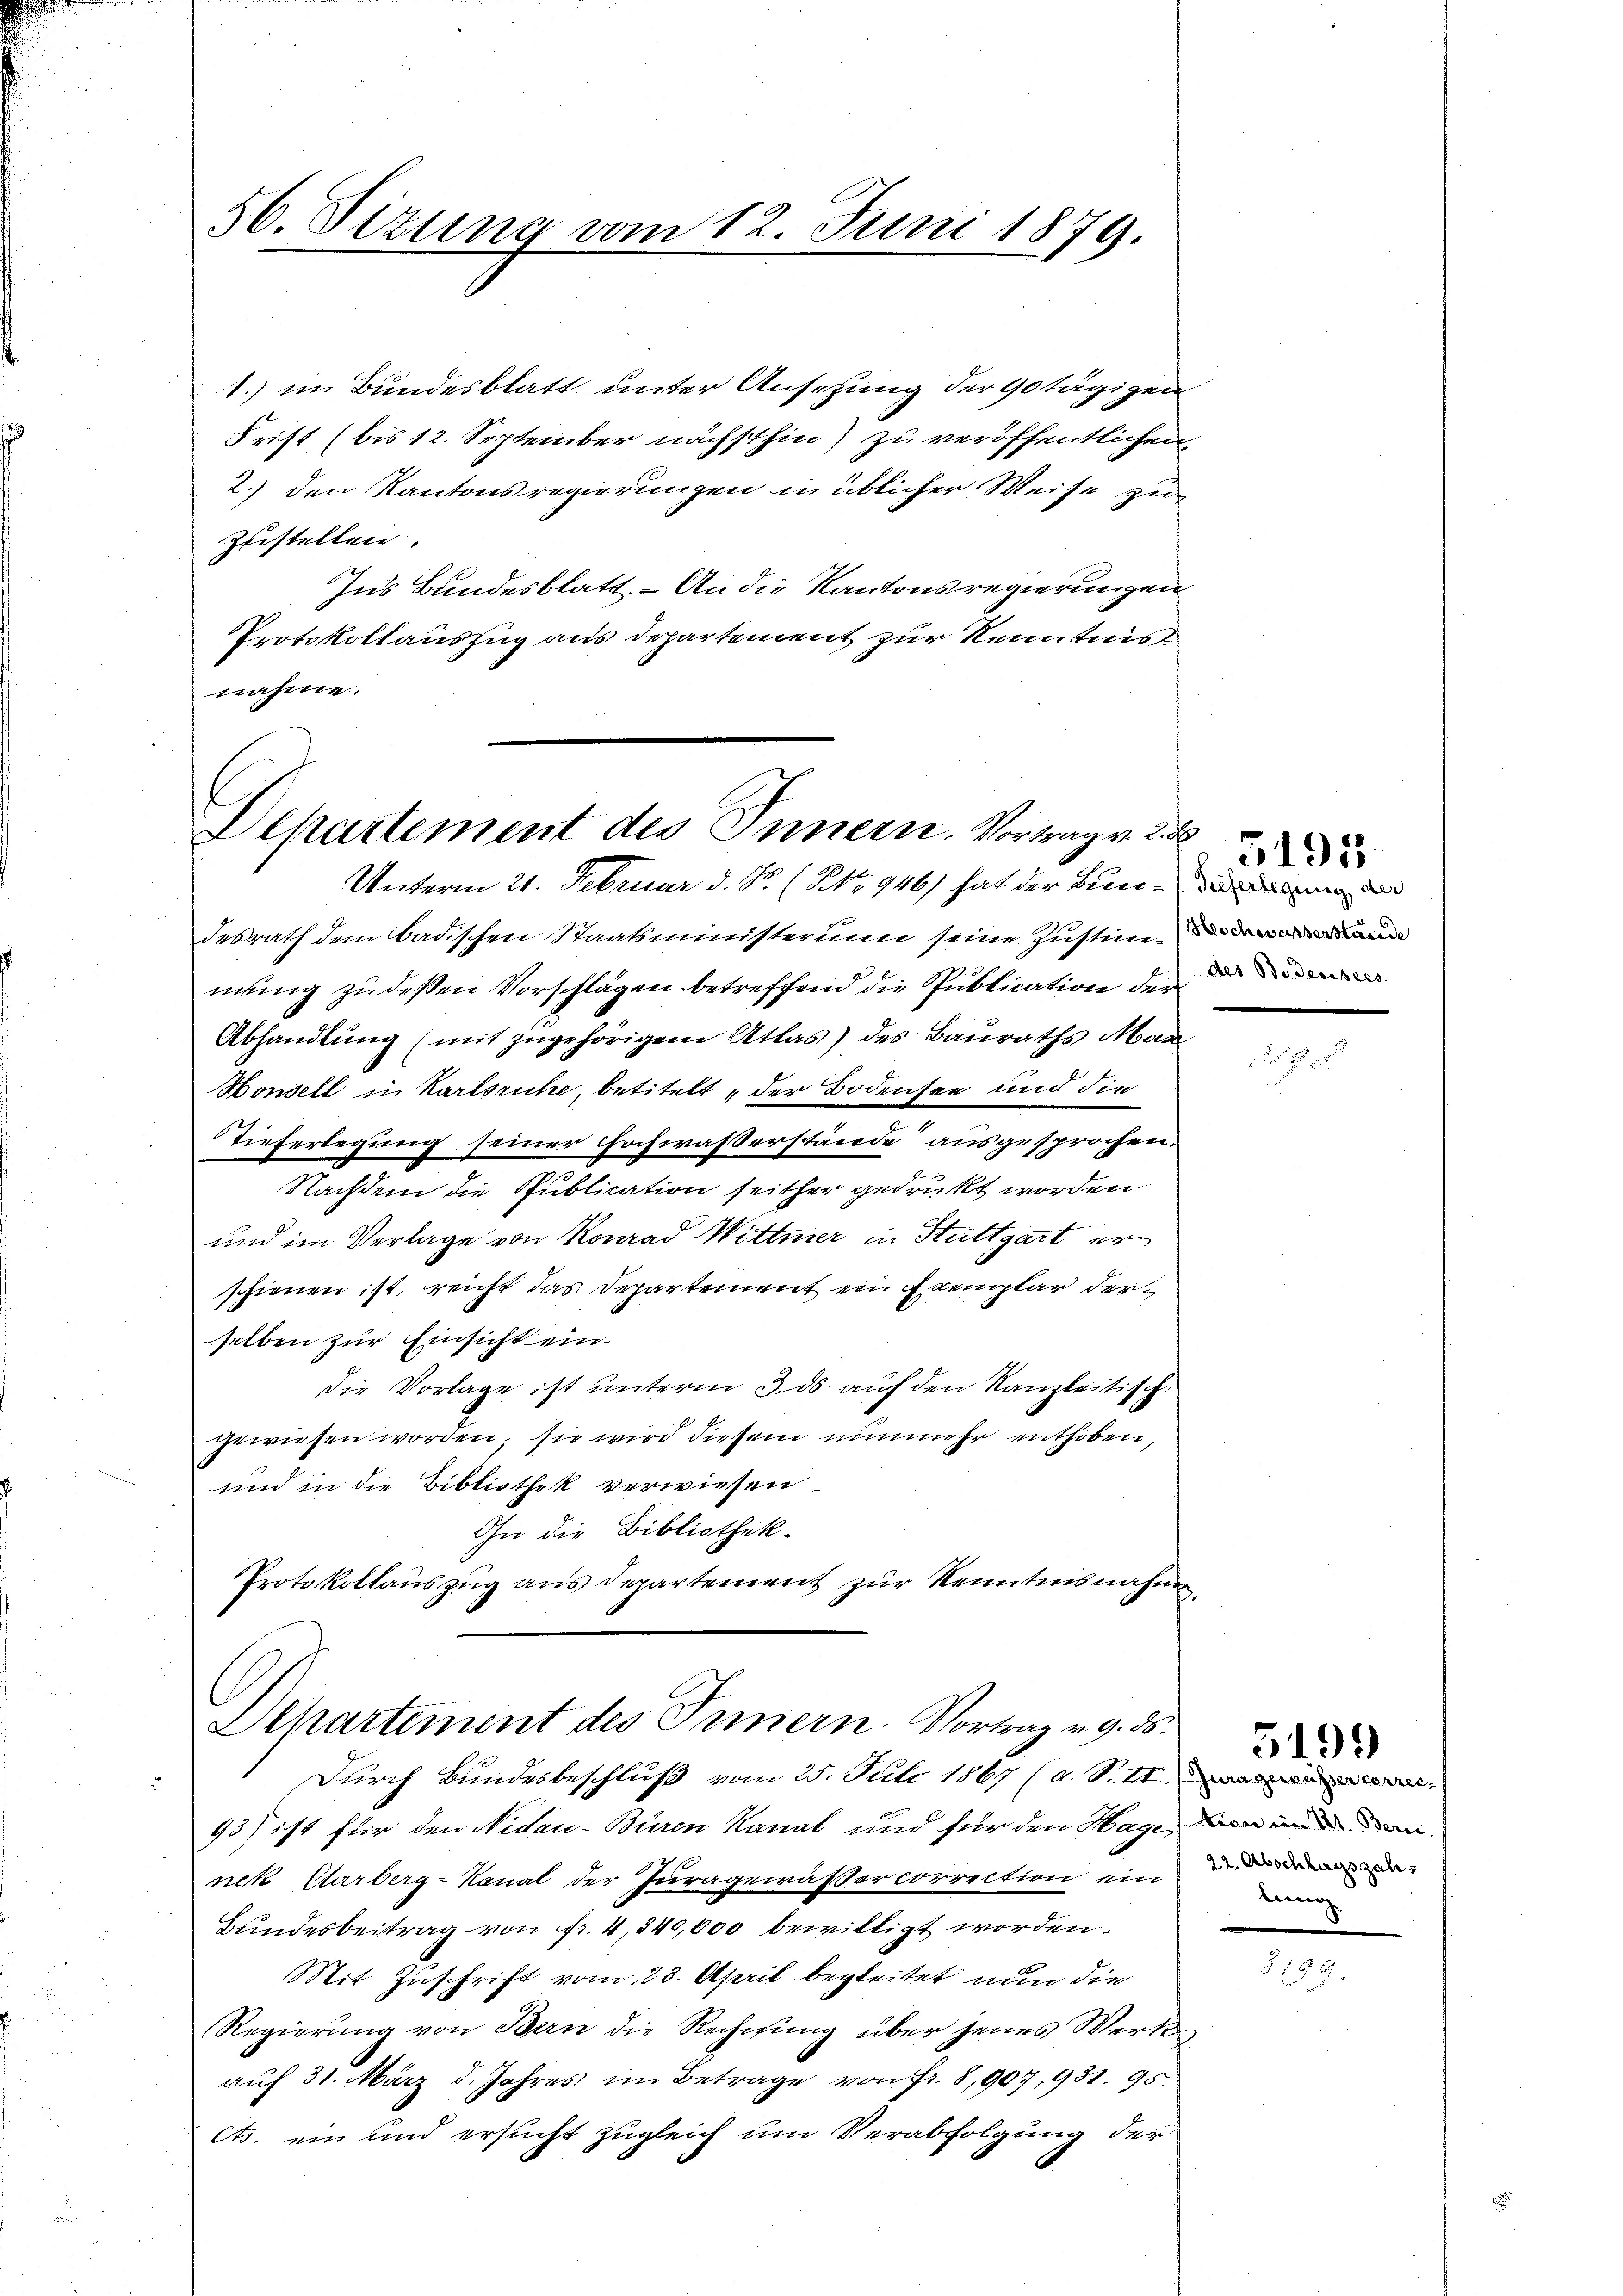
56. Sizung vom 12. Juni 1879.

1.) in Bundesblatt unter Ansetzung der 90 tägigen
Frist (bis 12. September nächsthin) zu veröffentlichen
2.) den Kantonsregierungen in üblicher Weise zu
Zustellen.
Ins Bundesblatt. – An die Kantonsregierungen
Protokollauszug aus departement zur Kenntnis
nahme.

Departement des Innern. Vortrage
Unterm 21. Februar d. R. (NNo. 946) hat der Bunden de

desrath dem badischen Staatsministerium seine Zustim-
mung zu dessen Vorschlägen betreffend die Publication der
Abhandlung (mit zugehörigem Atlas) des Bauraths Mar
Honsell in Karlsruhe, betitelt der Bodensee und die
Stieferlegung seiner Hochwasserstände ausgesprochen.
Nachdem die Publication seither gedruckt worden
und im Verlage von Konrad Wittmer in Stuttgart ern
schienen ist, reicht das Departement ein Exemplar derselben zur Einsicht ein¬
Die Vorlage ist unterm 3. ds. auf den Kanzleitisch
gewiesen worden; sie wird diesem nunmehr enthoben,
und in die Bibliothek verwiesen
Ihn die Bibliothek-
Protokollauszug aus Departement zur Kenntnisnahme,

Dchartement des Innern. Vortrag v. 9. ds.

Durch Bundesbeschluß vom 25. Juli 1867 (a. St
93) ist für den Nidau-Büren Kanal und für den Hage, den in den
nek Carberg-Kanal der Juragewässer correction ein
Bundesbeitrag von fr. 4, 340,000 bewilligt worden.
Mit Zuschrift vom 23. April begleitet nun die
Regierung von Bern die Rechnung über jenes Werk
auf 31. März d. Jahres im Betrage von Fr. 8, 997, 931. 95.
ets. ein und ersucht zugleich um Verabfolgung der

u

5195.

n

5199